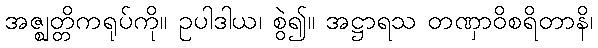
အဇ္ဈတ္တိကရုပ်ကို။ ဥပါဒါယ၊ စွဲ၍။ အဋ္ဌာရသ တဏှာဝိစရိတာနိ၊